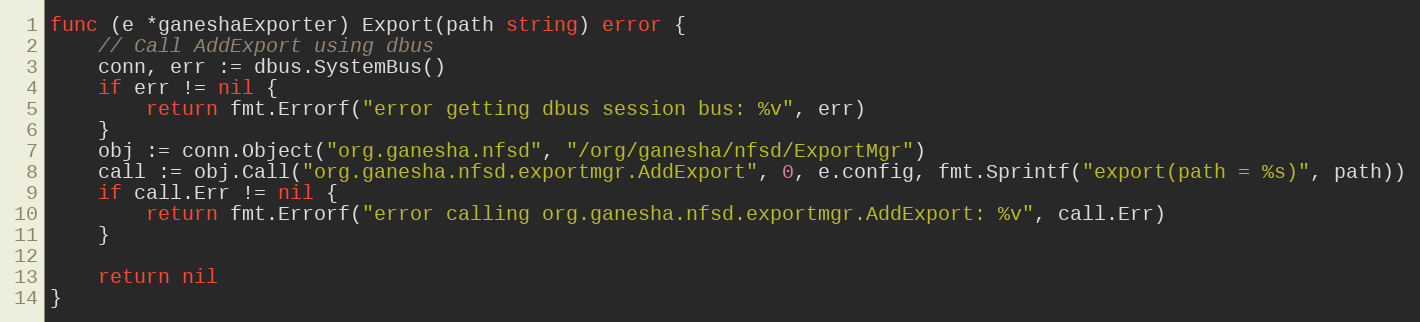
Language: Go
func (e *ganeshaExporter) Export(path string) error {
	// Call AddExport using dbus
	conn, err := dbus.SystemBus()
	if err != nil {
		return fmt.Errorf("error getting dbus session bus: %v", err)
	}
	obj := conn.Object("org.ganesha.nfsd", "/org/ganesha/nfsd/ExportMgr")
	call := obj.Call("org.ganesha.nfsd.exportmgr.AddExport", 0, e.config, fmt.Sprintf("export(path = %s)", path))
	if call.Err != nil {
		return fmt.Errorf("error calling org.ganesha.nfsd.exportmgr.AddExport: %v", call.Err)
	}

	return nil
}